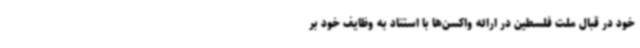
خود در قبال ملت فلسطین در ارائه واکسن‌ها با استناد به وظایف خود بر